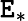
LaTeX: \mathtt{E}_{*}